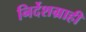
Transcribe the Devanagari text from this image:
निर्देशग्राही